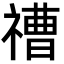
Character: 䄚